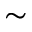
\sim